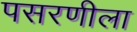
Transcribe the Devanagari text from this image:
पसरणीला